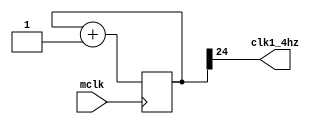
`timescale 1ns / 1ps
//////////////////////////////////////////////////////////////////////////////////
// Company: 
// Engineer: 
// 
// Design Name: 
// Module Name: clkdiv
// Project Name: 
// Target Devices: 
// Tool Versions: 
// Description: 
// 
// Dependencies: 
// 
// Revision:
// Revision 0.01 - File Created
// Additional Comments:
// 
//////////////////////////////////////////////////////////////////////////////////


module clkdiv(
    input mclk,
   // input clr,
    //output clk190,
    //output clk48,
    output clk1_4hz
    );
    reg [27:0]q;
    always@(posedge mclk)
  //  begin
   // if(!clr)
   //      q<=0;
  //  else
         q<=q+1;
  //  end
    //assign clk190=q[18];//190hz
    //assign clk48=q[20];//47.7 
    assign clk1_4hz=q[24];         
endmodule